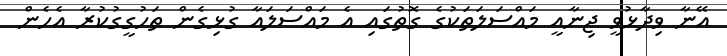
އޭނާ ވިދާޅުވީ ޖިނާއީ މައްސަލަތަކުގެ ގޮތުގައި އެ މައްސަލައާ ގުޅިގެން ތަހުގީގުކުރާ އެހެން